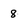
Character: 8